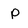
Character: P